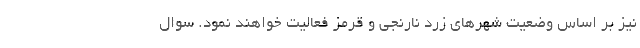
نیز بر اساس وضعیت شهرهای زرد نارنجی و قرمز فعالیت خواهند نمود. سوال